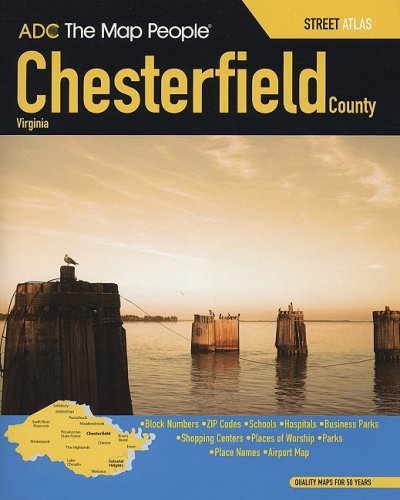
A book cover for ADC The Map People Chesterfield County, Virginia; ADC the Map People; Travel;